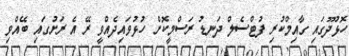
ހޮޅުދޫގައި ގާއިމްކުރި ފުޓްސެލް ދަނޑު ރަސްމީކޮށް ހުޅުވައިދެއްވީ ރޭ އެ ރަށުގައި ބޭއްވި